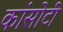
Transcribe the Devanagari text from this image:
कांसोटी